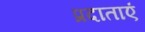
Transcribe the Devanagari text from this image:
प्रदाताएं